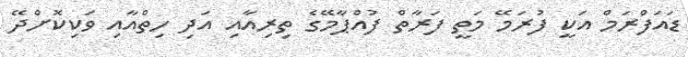
ޑައަފްރަމް އަކީ ފުރަމޭ މަތީ ފަރާތް ފުއްޕާމޭގެ ތިރިއާއި އަދި ހިތްއާއި ވަކިކޮށްދޭ